画像に写った文字を読んでください
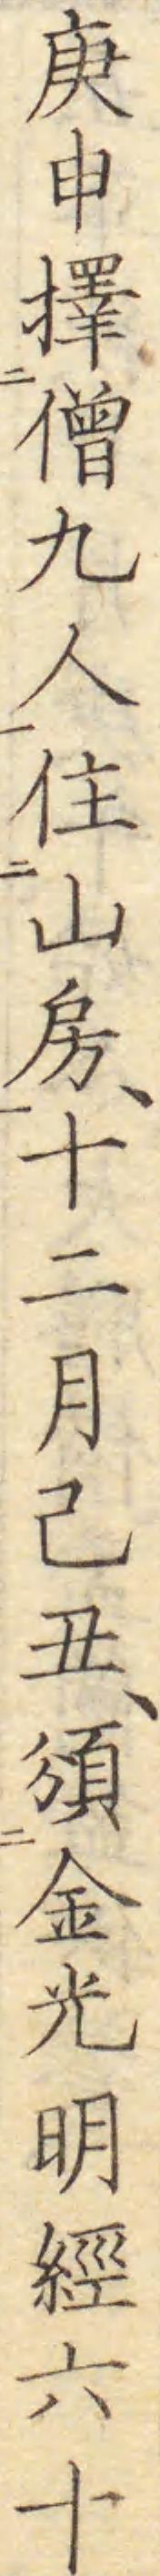
「庚申擇僧九人住山房、十二月己丑、頒金光明經六十」と書いてあります